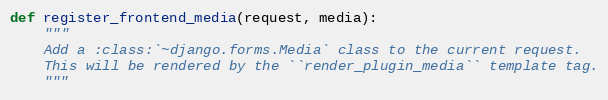
Language: Python
def register_frontend_media(request, media):
    """
    Add a :class:`~django.forms.Media` class to the current request.
    This will be rendered by the ``render_plugin_media`` template tag.
    """